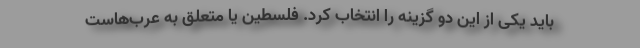
باید یکی از این دو گزینه را انتخاب کرد. فلسطین یا متعلق به عرب‌هاست